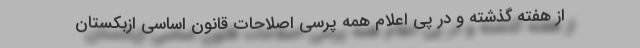
از هفته گذشته و در پی اعلام همه پرسی اصلاحات قانون اساسی ازبکستان